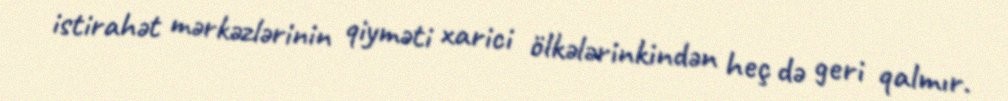
istirahət mərkəzlərinin qiyməti xarici ölkələrinkindən heç də geri qalmır.